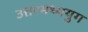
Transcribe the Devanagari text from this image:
उत्तरमध्ययुग